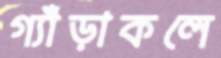
গ্যাঁড়াকলে